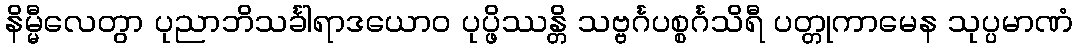
နိမ္မီလေတွာ ပုညာဘိသင်္ခါရာဒယောဝ ပုပ္ဖိဿန္တိ သဗ္ဗင်္ဂပစ္စင်္ဂသိရီ ပတ္တုကာမေန သုပ္ပမာဏံ